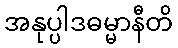
အနုပ္ပါဒဓမ္မာနီတိ